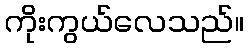
ကိုးကွယ်လေသည်။